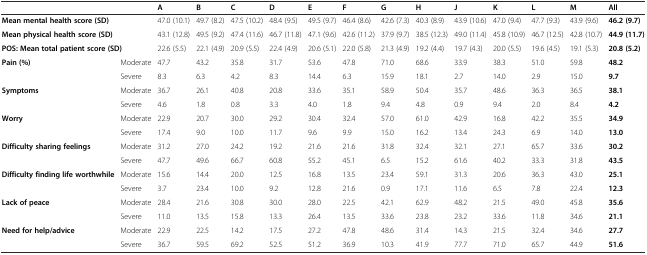
<table><thead><tr><td colspan="2"></td><td><b>A</b></td><td><b>B</b></td><td><b>C</b></td><td><b>D</b></td><td><b>E</b></td><td><b>F</b></td><td><b>G</b></td><td><b>H</b></td><td><b>J</b></td><td><b>K</b></td><td><b>L</b></td><td><b>M</b></td><td><b>All</b></td></tr></thead><tbody><tr><td colspan="2"><b>Mean mental health score (SD)</b></td><td>47.0 (10.1)</td><td>49.7 (8.2)</td><td>47.5 (10.2)</td><td>48.4 (9.5)</td><td>49.5 (9.7)</td><td>46.4 (8.6)</td><td>42.6 (7.3)</td><td>40.3 (8.9)</td><td>43.9 (10.6)</td><td>47.0 (9.4)</td><td>47.7 (9.3)</td><td>43.9 (9.6)</td><td><b>46.2 (9.7)</b></td></tr><tr><td colspan="2"><b>Mean physical health score (SD)</b></td><td>43.1 (12.8)</td><td>49.5 (9.2)</td><td>47.4 (11.6)</td><td>46.7 (11.8)</td><td>47.1 (9.6)</td><td>42.6 (11.2)</td><td>37.9 (9.7)</td><td>38.5 (12.3)</td><td>49.0 (11.4)</td><td>45.8 (10.9)</td><td>46.7 (12.5)</td><td>42.8 (10.7)</td><td><b>44.9 (11.7)</b></td></tr><tr><td colspan="2"><b>POS: Mean total patient score (SD)</b></td><td>22.6 (5.5)</td><td>22.1 (4.9)</td><td>20.9 (5.5)</td><td>22.4 (4.9)</td><td>20.6 (5.1)</td><td>22.0 (5.8)</td><td>21.3 (4.9)</td><td>19.2 (4.4)</td><td>19.7 (4.3)</td><td>20.0 (5.5)</td><td>19.6 (4.5)</td><td>19.1 (5.3)</td><td><b>20.8 (5.2)</b></td></tr><tr><td rowspan="2"><b>Pain (%)</b></td><td>Moderate</td><td>47.7</td><td>43.2</td><td>35.8</td><td>31.7</td><td>53.6</td><td>47.8</td><td>71.0</td><td>68.6</td><td>33.9</td><td>38.3</td><td>51.0</td><td>59.8</td><td><b>48.2</b></td></tr><tr><td>Severe</td><td>8.3</td><td>6.3</td><td>4.2</td><td>8.3</td><td>14.4</td><td>6.3</td><td>15.9</td><td>18.1</td><td>2.7</td><td>14.0</td><td>2.9</td><td>15.0</td><td><b>9.7</b></td></tr><tr><td rowspan="2"><b>Symptoms</b></td><td>Moderate</td><td>36.7</td><td>26.1</td><td>40.8</td><td>20.8</td><td>33.6</td><td>35.1</td><td>58.9</td><td>50.4</td><td>35.7</td><td>48.6</td><td>36.3</td><td>36.5</td><td><b>38.1</b></td></tr><tr><td>Severe</td><td>4.6</td><td>1.8</td><td>0.8</td><td>3.3</td><td>4.0</td><td>1.8</td><td>9.4</td><td>4.8</td><td>0.9</td><td>9.4</td><td>2.0</td><td>8.4</td><td><b>4.2</b></td></tr><tr><td rowspan="2"><b>Worry</b></td><td>Moderate</td><td>22.9</td><td>20.7</td><td>30.0</td><td>29.2</td><td>30.4</td><td>32.4</td><td>57.0</td><td>61.0</td><td>42.9</td><td>16.8</td><td>42.2</td><td>35.5</td><td><b>34.9</b></td></tr><tr><td>Severe</td><td>17.4</td><td>9.0</td><td>10.0</td><td>11.7</td><td>9.6</td><td>9.9</td><td>15.0</td><td>16.2</td><td>13.4</td><td>24.3</td><td>6.9</td><td>14.0</td><td><b>13.0</b></td></tr><tr><td rowspan="2"><b>Difficulty sharing feelings</b></td><td>Moderate</td><td>31.2</td><td>27.0</td><td>24.2</td><td>19.2</td><td>21.6</td><td>21.6</td><td>31.8</td><td>32.4</td><td>32.1</td><td>27.1</td><td>65.7</td><td>33.6</td><td><b>30.2</b></td></tr><tr><td>Severe</td><td>47.7</td><td>49.6</td><td>66.7</td><td>60.8</td><td>55.2</td><td>45.1</td><td>6.5</td><td>15.2</td><td>61.6</td><td>40.2</td><td>33.3</td><td>31.8</td><td><b>43.5</b></td></tr><tr><td rowspan="2"><b>Difficulty finding life worthwhile</b></td><td>Moderate</td><td>15.6</td><td>14.4</td><td>20.0</td><td>12.5</td><td>16.8</td><td>13.5</td><td>23.4</td><td>59.1</td><td>31.3</td><td>20.6</td><td>36.3</td><td>43.0</td><td><b>25.1</b></td></tr><tr><td>Severe</td><td>3.7</td><td>23.4</td><td>10.0</td><td>9.2</td><td>12.8</td><td>21.6</td><td>0.9</td><td>17.1</td><td>11.6</td><td>6.5</td><td>7.8</td><td>22.4</td><td><b>12.3</b></td></tr><tr><td rowspan="2"><b>Lack of peace</b></td><td>Moderate</td><td>28.4</td><td>21.6</td><td>30.8</td><td>30.0</td><td>28.0</td><td>22.5</td><td>42.1</td><td>62.9</td><td>48.2</td><td>21.5</td><td>49.0</td><td>45.8</td><td><b>35.6</b></td></tr><tr><td>Severe</td><td>11.0</td><td>13.5</td><td>15.8</td><td>13.3</td><td>26.4</td><td>13.5</td><td>33.6</td><td>23.8</td><td>23.2</td><td>33.6</td><td>11.8</td><td>34.6</td><td><b>21.1</b></td></tr><tr><td rowspan="2"><b>Need for help/advice</b></td><td>Moderate</td><td>22.9</td><td>22.5</td><td>14.2</td><td>17.5</td><td>27.2</td><td>47.8</td><td>48.6</td><td>31.4</td><td>14.3</td><td>21.5</td><td>32.4</td><td>34.6</td><td><b>27.7</b></td></tr><tr><td>Severe</td><td>36.7</td><td>59.5</td><td>69.2</td><td>52.5</td><td>51.2</td><td>36.9</td><td>10.3</td><td>41.9</td><td>77.7</td><td>71.0</td><td>65.7</td><td>44.9</td><td><b>51.6</b></td></tr></tbody></table>